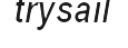
trysail